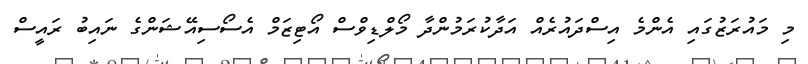
މި މައުރަޒުގައި އެންމެ އިސްދައުރެއް އަދާކުރަމުންދާ މޯލްޑިވްސް އޯޓިޒަމް އެސޯސިއޭޝަންގެ ނައިބު ރައީސް